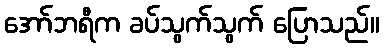
အော်ဘရီက ခပ်သွက်သွက် ပြောသည်။